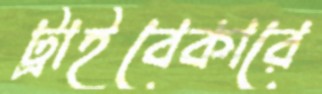
ট্রাইবেকারে